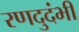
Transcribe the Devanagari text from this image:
रणदुदंभी